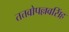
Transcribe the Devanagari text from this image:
तत्तवोपल्लवसिंह